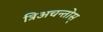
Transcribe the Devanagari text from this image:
त्रिअचन्तोस्